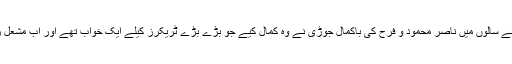
آنے والے سالوں میں ناصر محمود و فرح کی باکمال جوڑی نے وہ کمال کیے جو بڑے بڑے ٹریکرز کیلے ایک خواب تھے اور اب مشعل راہ ہیں۔